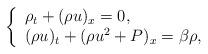
LaTeX: \begin{align*}\left\{\begin{array}{ll}\rho_t+(\rho u)_x=0,\\(\rho u)_t+(\rho u^2+P)_x=\beta \rho,\end{array}\right.\end{align*}